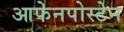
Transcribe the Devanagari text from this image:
आफेनपोस्टेन